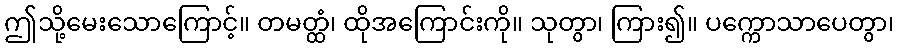
ဤသို့မေးသောကြောင့်။ တမတ္ထံ၊ ထိုအကြောင်းကို။ သုတွာ၊ ကြား၍။ ပက္ကောသာပေတွာ၊